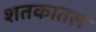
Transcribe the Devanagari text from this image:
शतकातलं